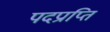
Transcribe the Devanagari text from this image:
पदप्राप्ति